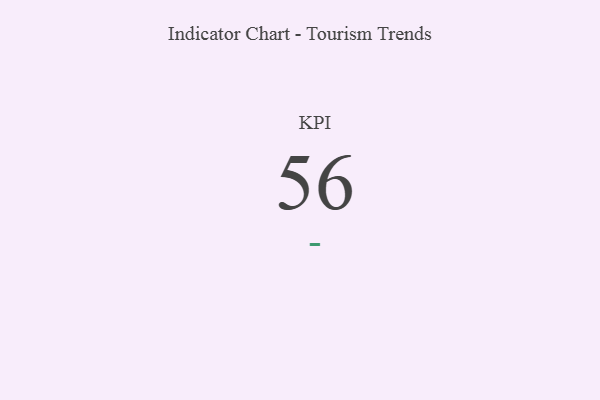
{"axis": {"x": "KPI", "y": "Value"}, "legend": [""], "data": [{"x": "KPI", "y": 56, "type": ""}]}